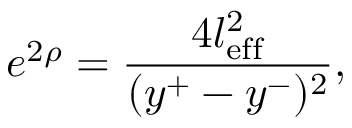
e ^ { 2 \rho } = \frac { 4 l _ { \mathrm { e f f } } ^ { 2 } } { ( y ^ { + } - y ^ { - } ) ^ { 2 } } ,